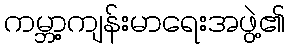
ကမ္ဘာ့ကျန်းမာရေးအဖွဲ့၏